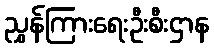
ညွှန်ကြားရေးဦးစီးဌာန